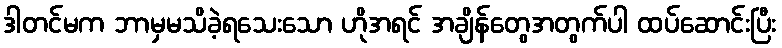
ဒါတင်မက ဘာမှမသိခဲ့ရသေးသော ဟိုအရင် အချိန်တွေအတွက်ပါ ထပ်ဆောင်းပြီး